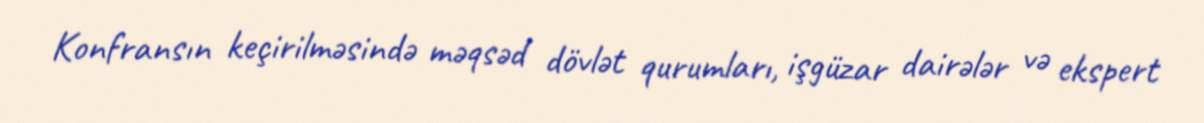
Konfransın keçirilməsində məqsəd dövlət qurumları, işgüzar dairələr və ekspert